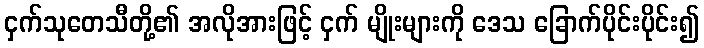
ငှက်သုတေသီတို့၏ အလိုအားဖြင့် ငှက် မျိုးများကို ဒေသ ခြောက်ပိုင်းပိုင်း၍